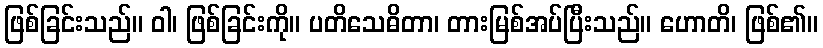
ဖြစ်ခြင်းသည်။ ဝါ၊ ဖြစ်ခြင်းကို။ ပတိသေဓိတာ၊ တားမြစ်အပ်ပြီးသည်။ ဟောတိ၊ ဖြစ်၏။